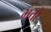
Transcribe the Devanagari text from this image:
भत्तो